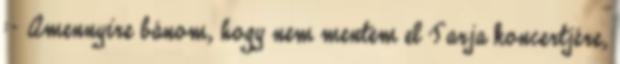
:- Amennyire bánom, hogy nem mentem el Tarja koncertjére,